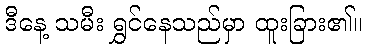
ဒီနေ့ သမီး ရွှင်နေသည်မှာ ထူးခြား၏။